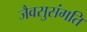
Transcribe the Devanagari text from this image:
जैवसुसंगति